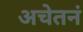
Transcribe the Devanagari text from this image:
अचेतनं